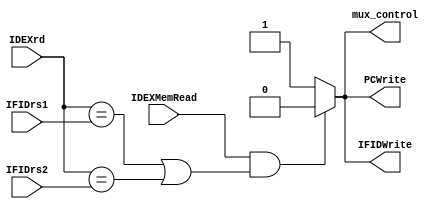

module hazard_detect(
		input wire IDEXMemRead,
		input wire [4:0]IFIDrs1,
		input wire [4:0]IFIDrs2,
		input wire [4:0]IDEXrd,
		
		output reg mux_control,
		output reg IFIDWrite,
		output reg PCWrite
);


always @(IDEXMemRead,IFIDrs1,IFIDrs2,IDEXrd) begin
	
	if(IDEXMemRead && ((IDEXrd == IFIDrs1) || (IDEXrd == IFIDrs2))) begin
	
		IFIDWrite = 0;
		mux_control = 0;
		PCWrite = 0;
	
	end
	else begin
	
		IFIDWrite = 1;
		mux_control = 1;
		PCWrite = 1;
	
	end
	
	
end

endmodule